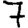
Digit: 7